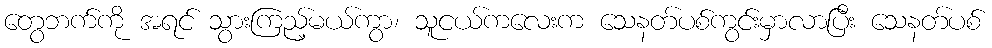
တွေဘက်ကို အရင် သွားကြည့်မယ်ကွာ၊ သူငယ်ကလေးက သေနတ်ပစ်ကွင်းမှာလာပြီး သေနတ်ပစ်